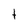
Character: t